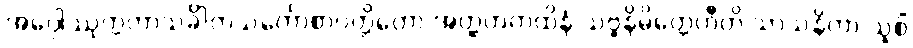
အပ္ပေါဿုက္ကတာသင်္ခါတသင်္ကောစာပတ္တိတော အတ္ထတကထိနံ သဗ္ဗနိမိတ္တေဟီတိ သာသနိကာ သူစိံ